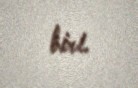
biri.